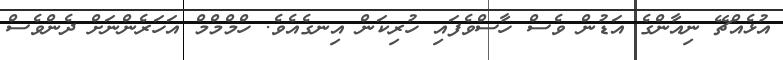
އުޅެއްޗޭ ނިއާންގެ އަޑުން ވެސް ހާސްވެފައި ހުރިކަން އިނގެއެވެ. ހްމްމްމް އަހަރެންނަށް ދެންވެސް